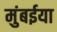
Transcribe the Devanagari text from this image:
मुंबईया